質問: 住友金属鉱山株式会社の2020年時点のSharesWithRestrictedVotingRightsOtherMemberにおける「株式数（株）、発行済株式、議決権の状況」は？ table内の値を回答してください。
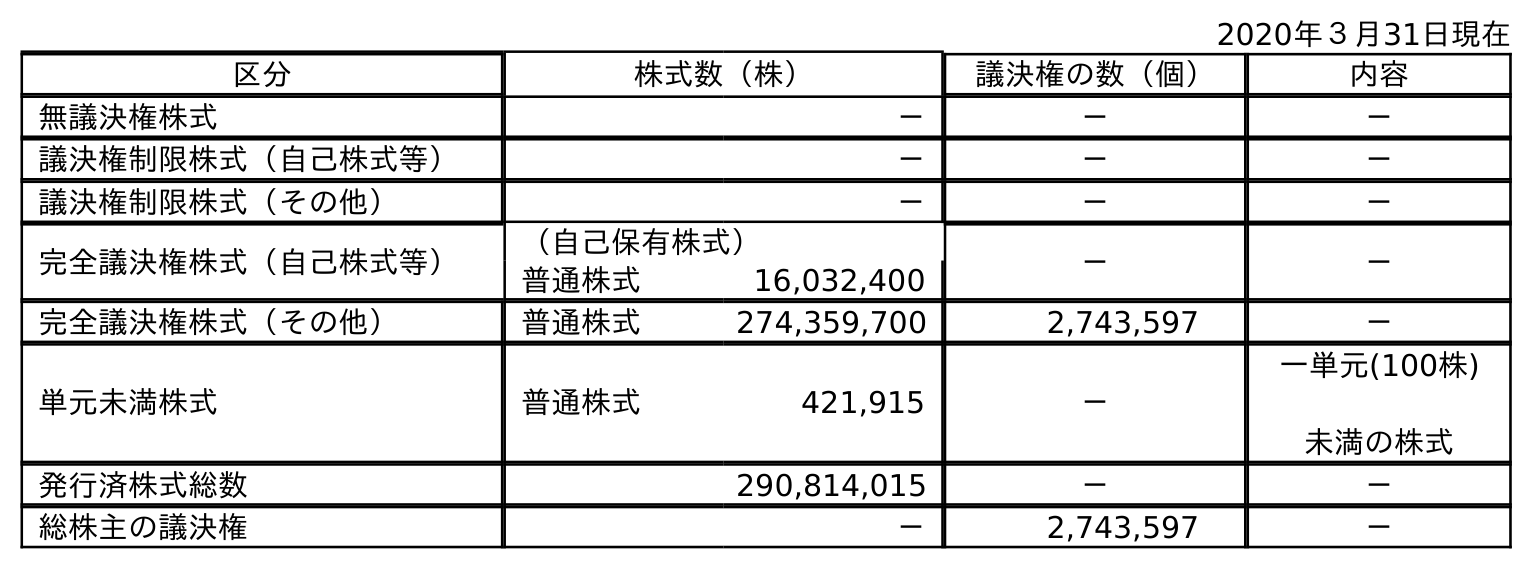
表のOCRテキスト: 2020年３月31日現在 区分 株式数（株） 議決権の数（個） 内容 無議決権株式 － － － 議決権制限株式（自己株式等） － － － 議決権制限株式（その他） － － － 完全議決権株式（自己株式等） （自己保有株式） － － 普通株式 16,032,400 完全議決権株式（その他） 普通株式 274,359,700 2,743,597 － 単元未満株式 普通株式 421,915 － 一単元(100株) 未満の株式 発行済株式総数 290,814,015 － － 総株主の議決権 － 2,743,597 －
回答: －